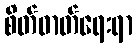
စိတ်ဓာတ်ရေးရာ